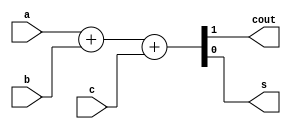
module full_adder(input a, input b, input c, output cout, output s);

    assign {cout,s} = a+b+c;

endmodule